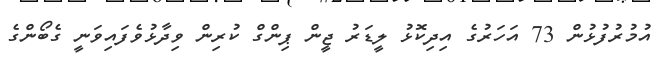
އުމުރުފުޅުން 73 އަހަރުގެ އިދިކޮޅު ލީޑަރު ޖީން ޕިންގް ކުރިން ވިދާޅުވެފައިވަނީ ގެބޯންގެ